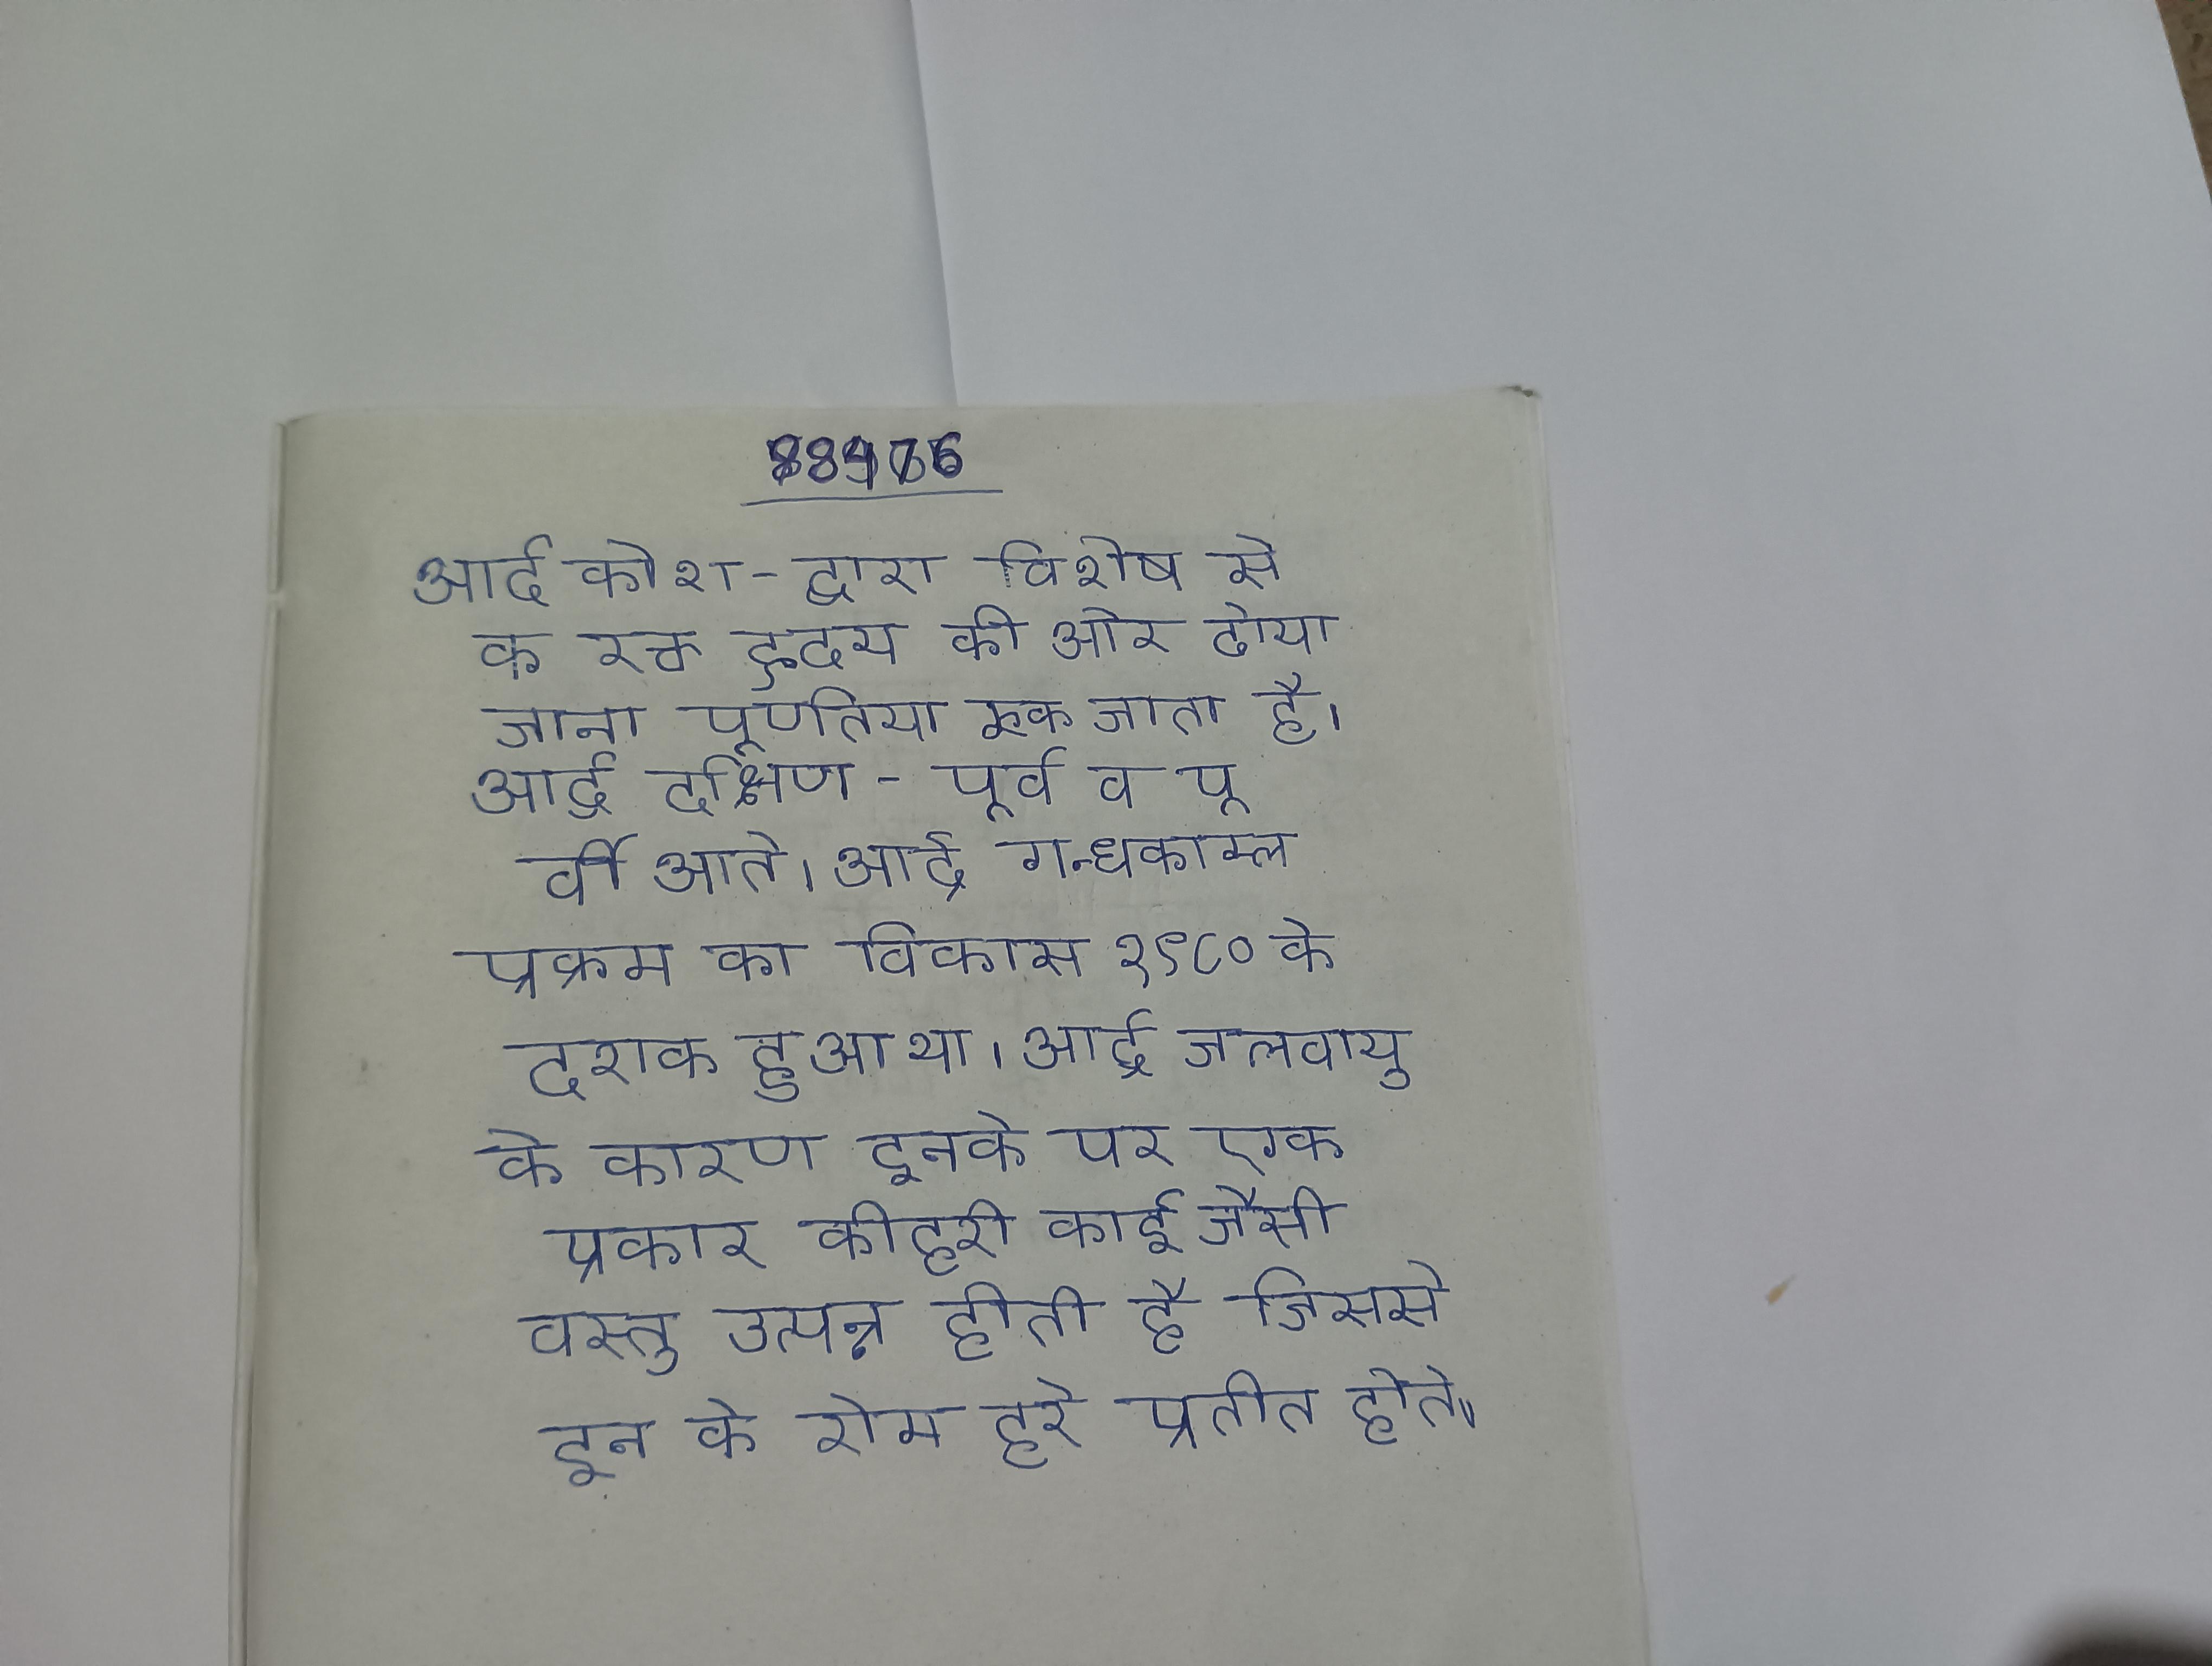
आर्द्र कोश - द्वारा विशेष से रक्त का हृदय की ओर ढोया जाना पूर्णतया रुक जाता है । आर्द्र दक्षिण-पूर्व व पू र्वी आते । आर्द्र गन्धकाम्ल प्रक्रम का विकास १९८० के दशक हुआ था । आर्द्र जलवायु के कारण इनके पर एक प्रकार की हरी काई जैसी वस्तु उत्पन्न होती है जिससे इन के रोम हरे प्रतीत होते ।